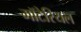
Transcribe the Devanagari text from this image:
मॉटेरियल